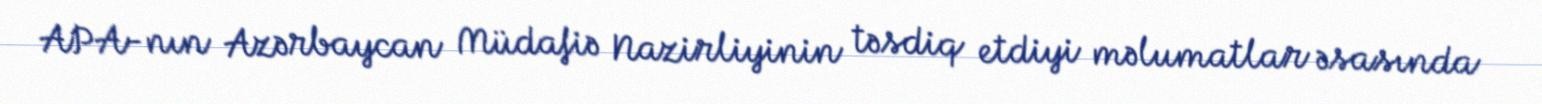
APA-nın Azərbaycan Müdafiə Nazirliyinin təsdiq etdiyi məlumatlar əsasında